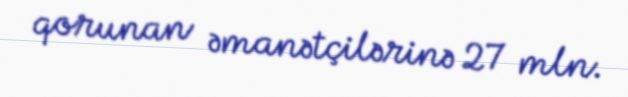
qorunan əmanətçilərinə 27 mln.